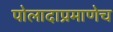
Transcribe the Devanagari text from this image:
पोलादाप्रमाणेच